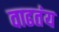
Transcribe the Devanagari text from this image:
वाढतंय